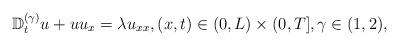
LaTeX: \begin{align*} \mathbb{D}_{t}^{(\gamma)}u+uu_x=\lambda u_{xx}, (x,t)\in (0,L)\times (0,T],\gamma\in (1, 2),\end{align*}